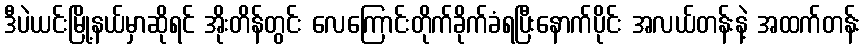
ဒီပဲယင်းမြို့နယ်မှာဆိုရင် အိုးတိန်တွင်း လေကြောင်းတိုက်ခိုက်ခံရပြီးနောက်ပိုင်း အလယ်တန်းနဲ့ အထက်တန်း